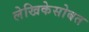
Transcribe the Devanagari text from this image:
लेखिकेसोबत